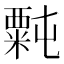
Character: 𫃉